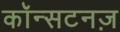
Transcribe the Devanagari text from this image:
कॉन्सटनज़